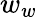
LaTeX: w_{w}